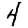
Digit: 4